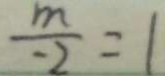
\frac { m } { - 2 } = 1